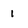
Character: 1